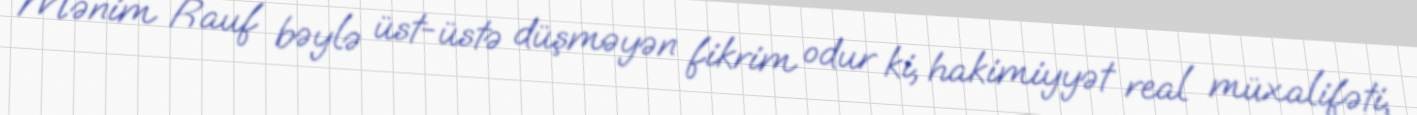
Mənim Rauf bəylə üst-üstə düşməyən fikrim odur ki, hakimiyyət real müxalifəti,